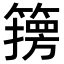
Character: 𮆇